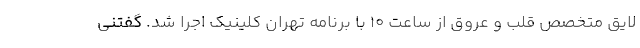
لایق متخصص قلب و عروق از ساعت ۱۰ با برنامه تهران کلینیک اجرا شد. گفتنی